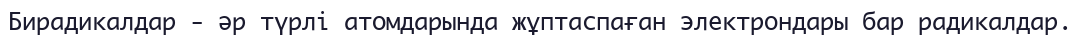
Бирадикалдар - әр түрлі атомдарында жұптаспаған электрондары бар радикалдар.